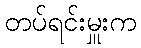
တပ်ရင်းမှူးက